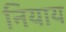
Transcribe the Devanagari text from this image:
नियाय